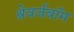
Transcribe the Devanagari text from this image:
श्रेवर्जबॉम